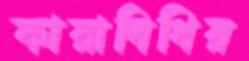
কারাবিধির